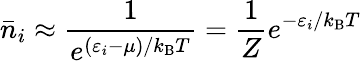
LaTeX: {\bar{n}}_{i}\approx{\frac{1}{e^{(\varepsilon_{i}-\mu)/k_{\mathrm{{B}}}T}}}={\frac{1}{Z}}e^{-\varepsilon_{i}/k_{\mathrm{{B}}}T}